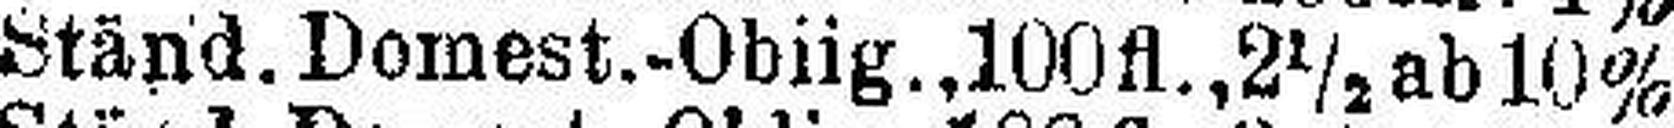
Ständ. Domest.-Oblig.,100 fl., 2½ ab 10%